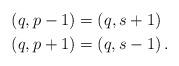
LaTeX: \begin{align*}(q,p-1) = (q, s+1) & \\(q,p+1) = (q, s-1) & \,.\end{align*}